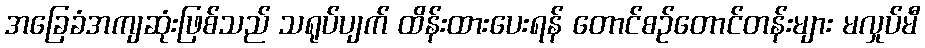
အခြေခံအကျဆုံးဖြစ်သည် သရုပ်ပျက် ထိန်းထားပေးရန် တောင်စဉ်တောင်တန်းများ မလှုပ်မီ